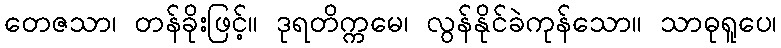
တေဇသာ၊ တန်ခိုးဖြင့်။ ဒုရတိက္ကမေ၊ လွန်နိုင်ခဲကုန်သော။ သာဓုရူပေ၊